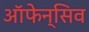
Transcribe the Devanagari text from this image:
ऑफेन्सिव